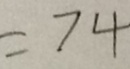
= 7 4